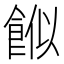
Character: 𩛮